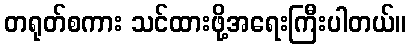
တရုတ်စကား သင်ထားဖို့အရေးကြီးပါတယ်။